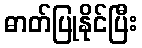
ဓာတ်ပြုနိုင်ပြီး